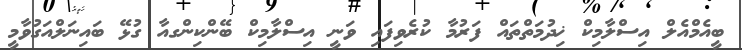
ބީއެމްއެލް އިސްލާމިކް ޚިދުމަތްތައް ފަރުމާ ކުރެވިފައި ވަނީ އިސްލާމިކް ބޭންކިންގއާ ގުޅޭ ބައިނަލްއަގުވާމީ